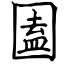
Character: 圔